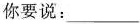
你要说:___